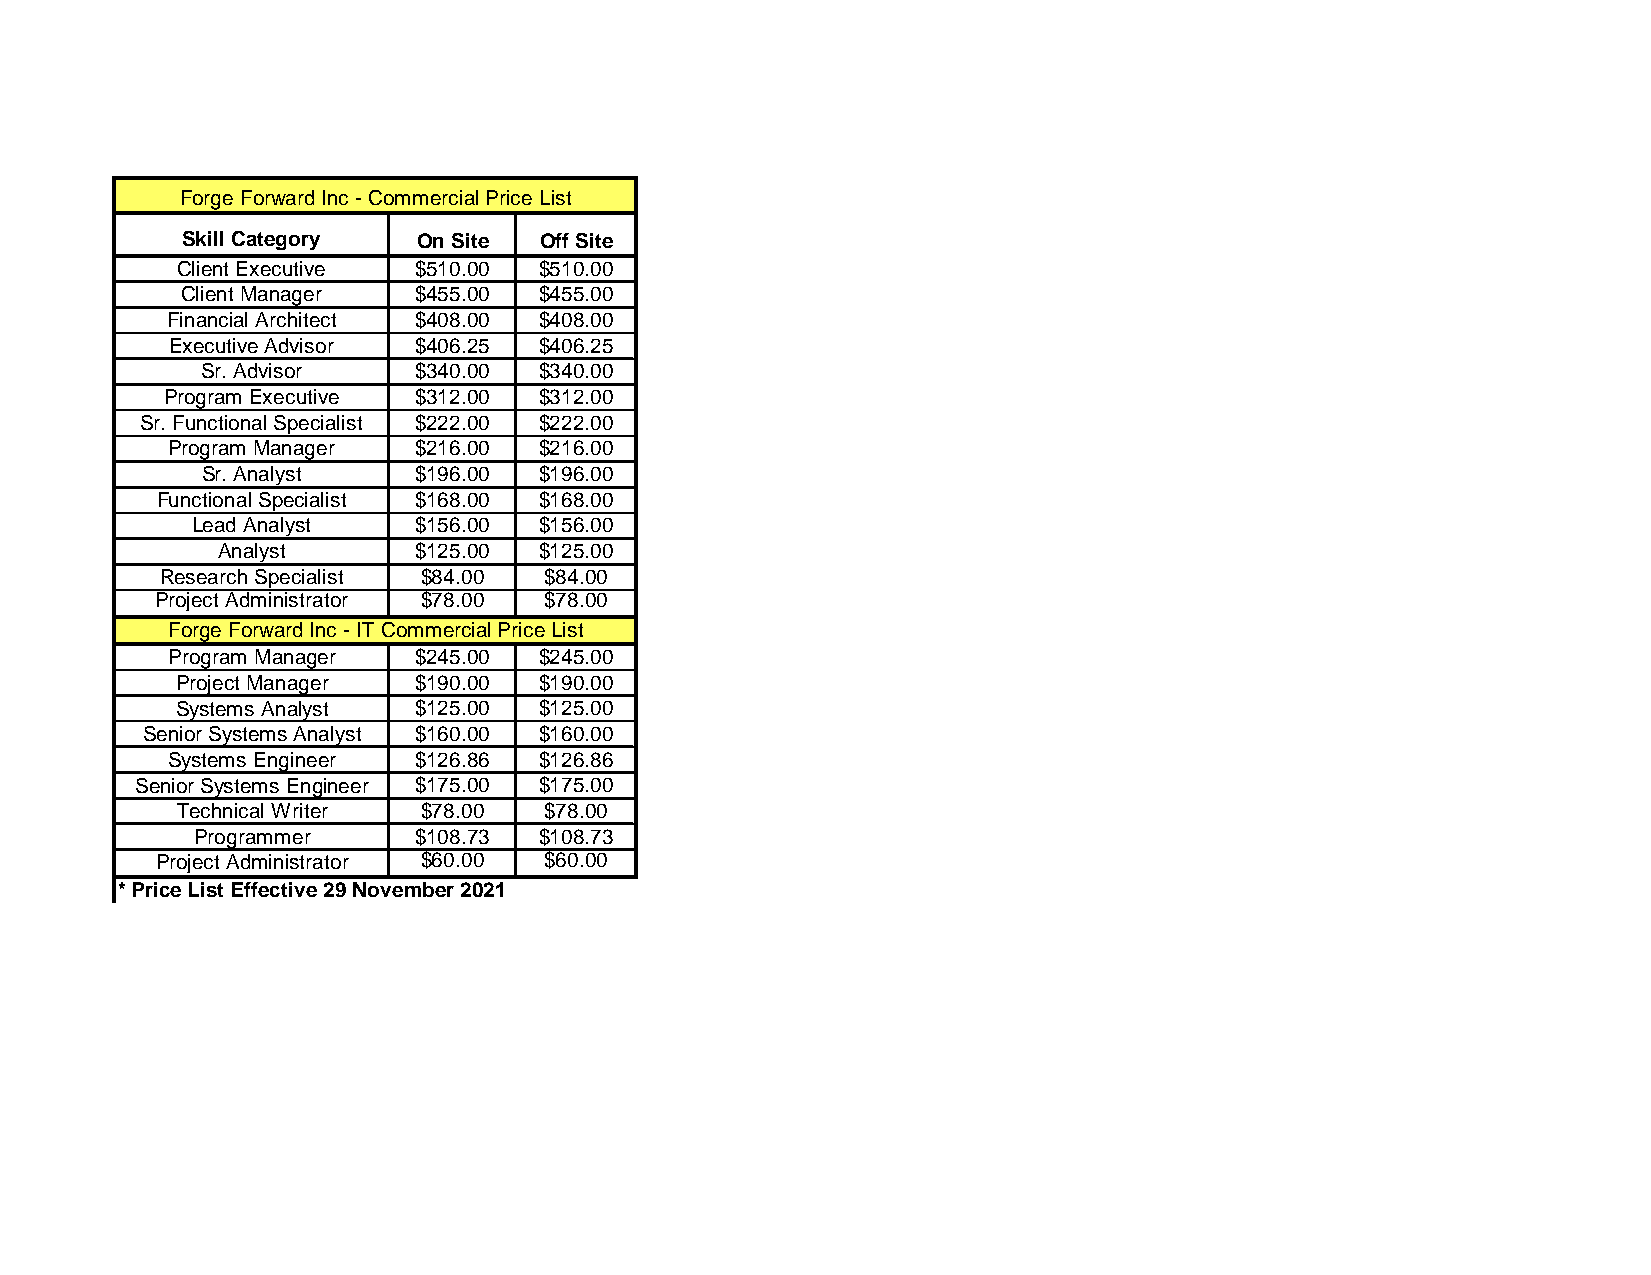
Forge Forward Inc - Commercial Price List
 Skill Category  On Site Off Site
 Client Executive $510.00 $510.00
 Client Manager $455.00  $455.00
 Financial Architect $408.00 $408.00
 Executive Advisor $406.25 $406.25
 Sr. Advisor   $340.00  $340.00
 Program Executive $312.00 $312.00
 Sr. Functional Specialist $222.00 $222.00
 Program Manager $216.00  $216.00
 Sr. Analyst   $196.00  $196.00
 Functional Specialist $168.00 $168.00
 Lead Analyst  $156.00  $156.00
 Analyst      $125.00  $125.00
 Research Specialist $84.00 $84.00
 Project Administrator $78.00 $78.00
 Forge Forward Inc - IT Commercial Price List
 Program Manager $245.00  $245.00
 Project Manager $190.00 $190.00
 Systems Analyst $125.00 $125.00
 Senior Systems Analyst $160.00 $160.00
 Systems Engineer $126.86 $126.86
 Senior Systems Engineer $175.00 $175.00
 Technical Writer $78.00 $78.00
 Programmer    $108.73  $108.73
 Project Administrator $60.00 $60.00
 * Price List Effective 29 November 2021